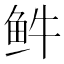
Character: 𲍊